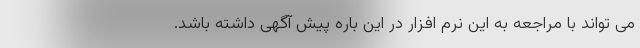
می تواند با مراجعه به این نرم افزار در این باره پیش آگهی داشته باشد.